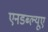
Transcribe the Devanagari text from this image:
एनडब्ल्यूए